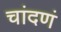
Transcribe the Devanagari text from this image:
चांदणं